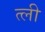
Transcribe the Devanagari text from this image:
त्ली